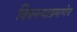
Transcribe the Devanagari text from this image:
किल्ल्याप्रमाणेच